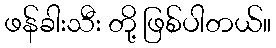
ဖန်ခါးသီး တို့ ဖြစ်ပါတယ်။